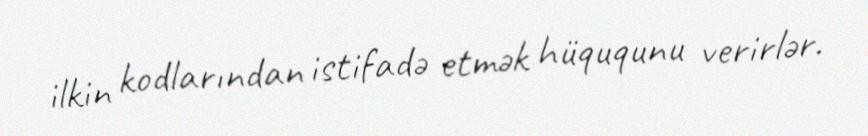
ilkin kodlarından istifadə etmək hüququnu verirlər.